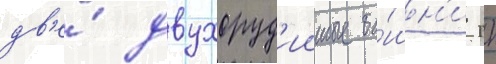
дв'е́ двухоруд'ииные ба́шн'и гк